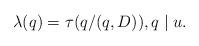
LaTeX: \begin{align*} \lambda(q)=\tau(q/(q,D)),q\mid u.\end{align*}